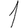
Digit: 1